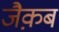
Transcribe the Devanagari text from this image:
जैक़ब